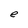
Character: e